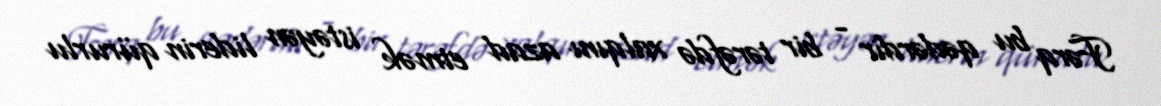
Fərq bu qədərdir - bir tərəfdə xalqını azad etmək istəyən liderin qürurlu